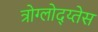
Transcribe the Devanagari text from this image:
त्रोग्लोद्य्तेस